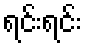
ရင်းရင်း